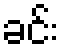
ခင်း